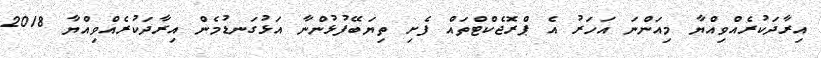
އިރާދަކުރެއްވިއްޔާ މިއަންނަ އަހަރު އެ ޕްރޮޖެކްޓްތައް ފެށި ތިޔަބޭފުޅުންނާ އަޅުގަނޑުމެން އިރާދަކުރެއްވިއްޔާ 2018